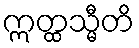
ဣတ္ထသ္မီတိ